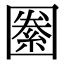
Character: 𡈢